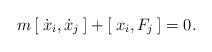
\begin{align*}m \, [ \: \dot x_i, \dot x_j \: ] + [ \: x_i , F_j \: ] = 0 .\end{align*}